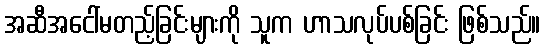
အဆီအငေါ်မတည့်ခြင်းများကို သူက ဟာသလုပ်ပစ်ခြင်း ဖြစ်သည်။